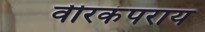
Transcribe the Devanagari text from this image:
वीरकंपराय